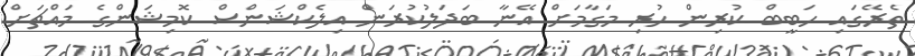
ތެރޭގައި ހަބީބް ކުރިން ހުރި މަގާމަށް އޭނާ ބަދަލުކުރަން އިލެކްޝަންސް ކޮމިޝަންގެ މައްޗަށް